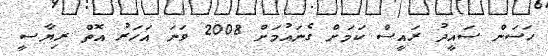
ހަސަން ސައީދު ރައީސް ކަމަށް ގެނައުމަށް 2008 ވަނަ އަހަރު އޮތް ރިޔާސީ